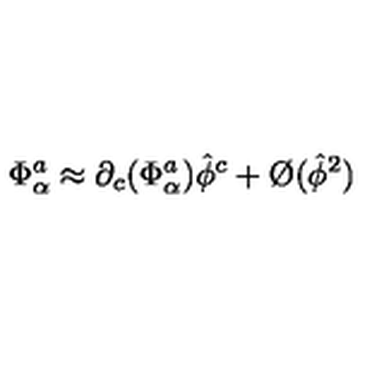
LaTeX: \Phi _ { \alpha } ^ { a } \approx \partial _ { c } ( \Phi _ { \alpha } ^ { a } ) \hat { \phi } ^ { c } + \O ( \hat { \phi } ^ { 2 } )